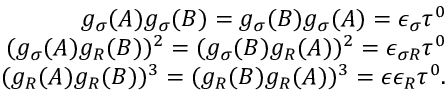
\begin{array} { r l r } & { } & { g _ { \sigma } ( A ) g _ { \sigma } ( B ) = g _ { \sigma } ( B ) g _ { \sigma } ( A ) = \epsilon _ { \sigma } \tau ^ { 0 } } \\ & { } & { ( g _ { \sigma } ( A ) g _ { R } ( B ) ) ^ { 2 } = ( g _ { \sigma } ( B ) g _ { R } ( A ) ) ^ { 2 } = \epsilon _ { \sigma R } \tau ^ { 0 } } \\ & { } & { ( g _ { R } ( A ) g _ { R } ( B ) ) ^ { 3 } = ( g _ { R } ( B ) g _ { R } ( A ) ) ^ { 3 } = \epsilon \epsilon _ { R } \tau ^ { 0 } . } \end{array}